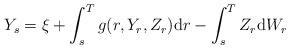
LaTeX: \begin{align*}Y_s = \xi + \int_s^T g(r, Y_r, Z_r) \mathrm dr - \int_s^T Z_r \mathrm dW_r \end{align*}